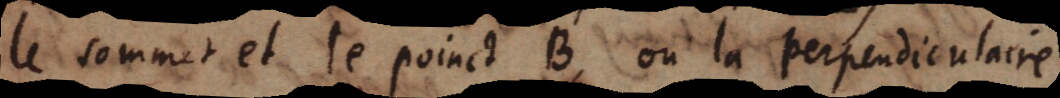
le sommet et le poinct B, ou la perpendiculaire